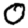
Digit: 0